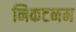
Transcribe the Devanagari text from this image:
निकटनम